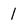
Character: I